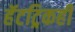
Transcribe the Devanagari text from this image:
हॅटट्रिकही